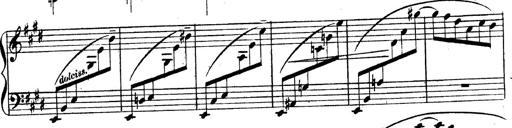
Title: 3 Caprices-Valses
Composer: Franz Liszt